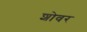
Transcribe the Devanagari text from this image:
शोवर